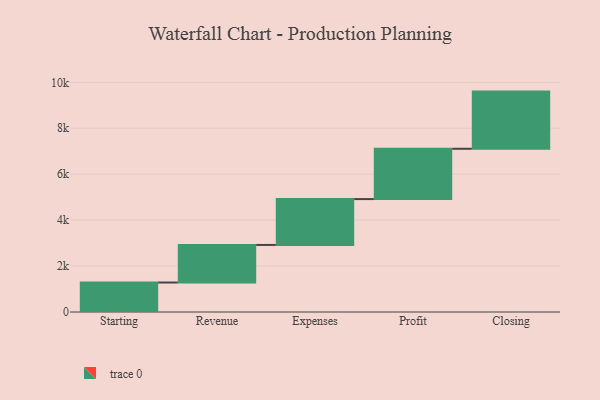
{"axis": {"x": "Step", "y": "Value"}, "legend": [""], "data": [{"x": "Starting", "y": 1284.0, "type": ""}, {"x": "Revenue", "y": 1635.0, "type": ""}, {"x": "Expenses", "y": 1997.0, "type": ""}, {"x": "Profit", "y": 2190.0, "type": ""}, {"x": "Closing", "y": 2489.0, "type": ""}]}